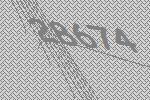
28674